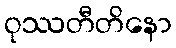
ဝုဿတီတိနော